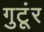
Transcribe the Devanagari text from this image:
गुटूंर